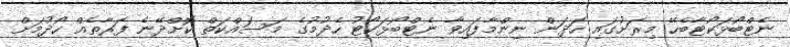
ނެޓްބޯޅަކޯޓާބެހޭ މިރަށުގައި ހަދަން ނިންމާފައިވާ ނެޓްބޯޅަކޯޓު ހެދުމުގެ މަސައްކަތް ކޮށްދޭނެ ފަރާތެއް ހޯދުމަށް